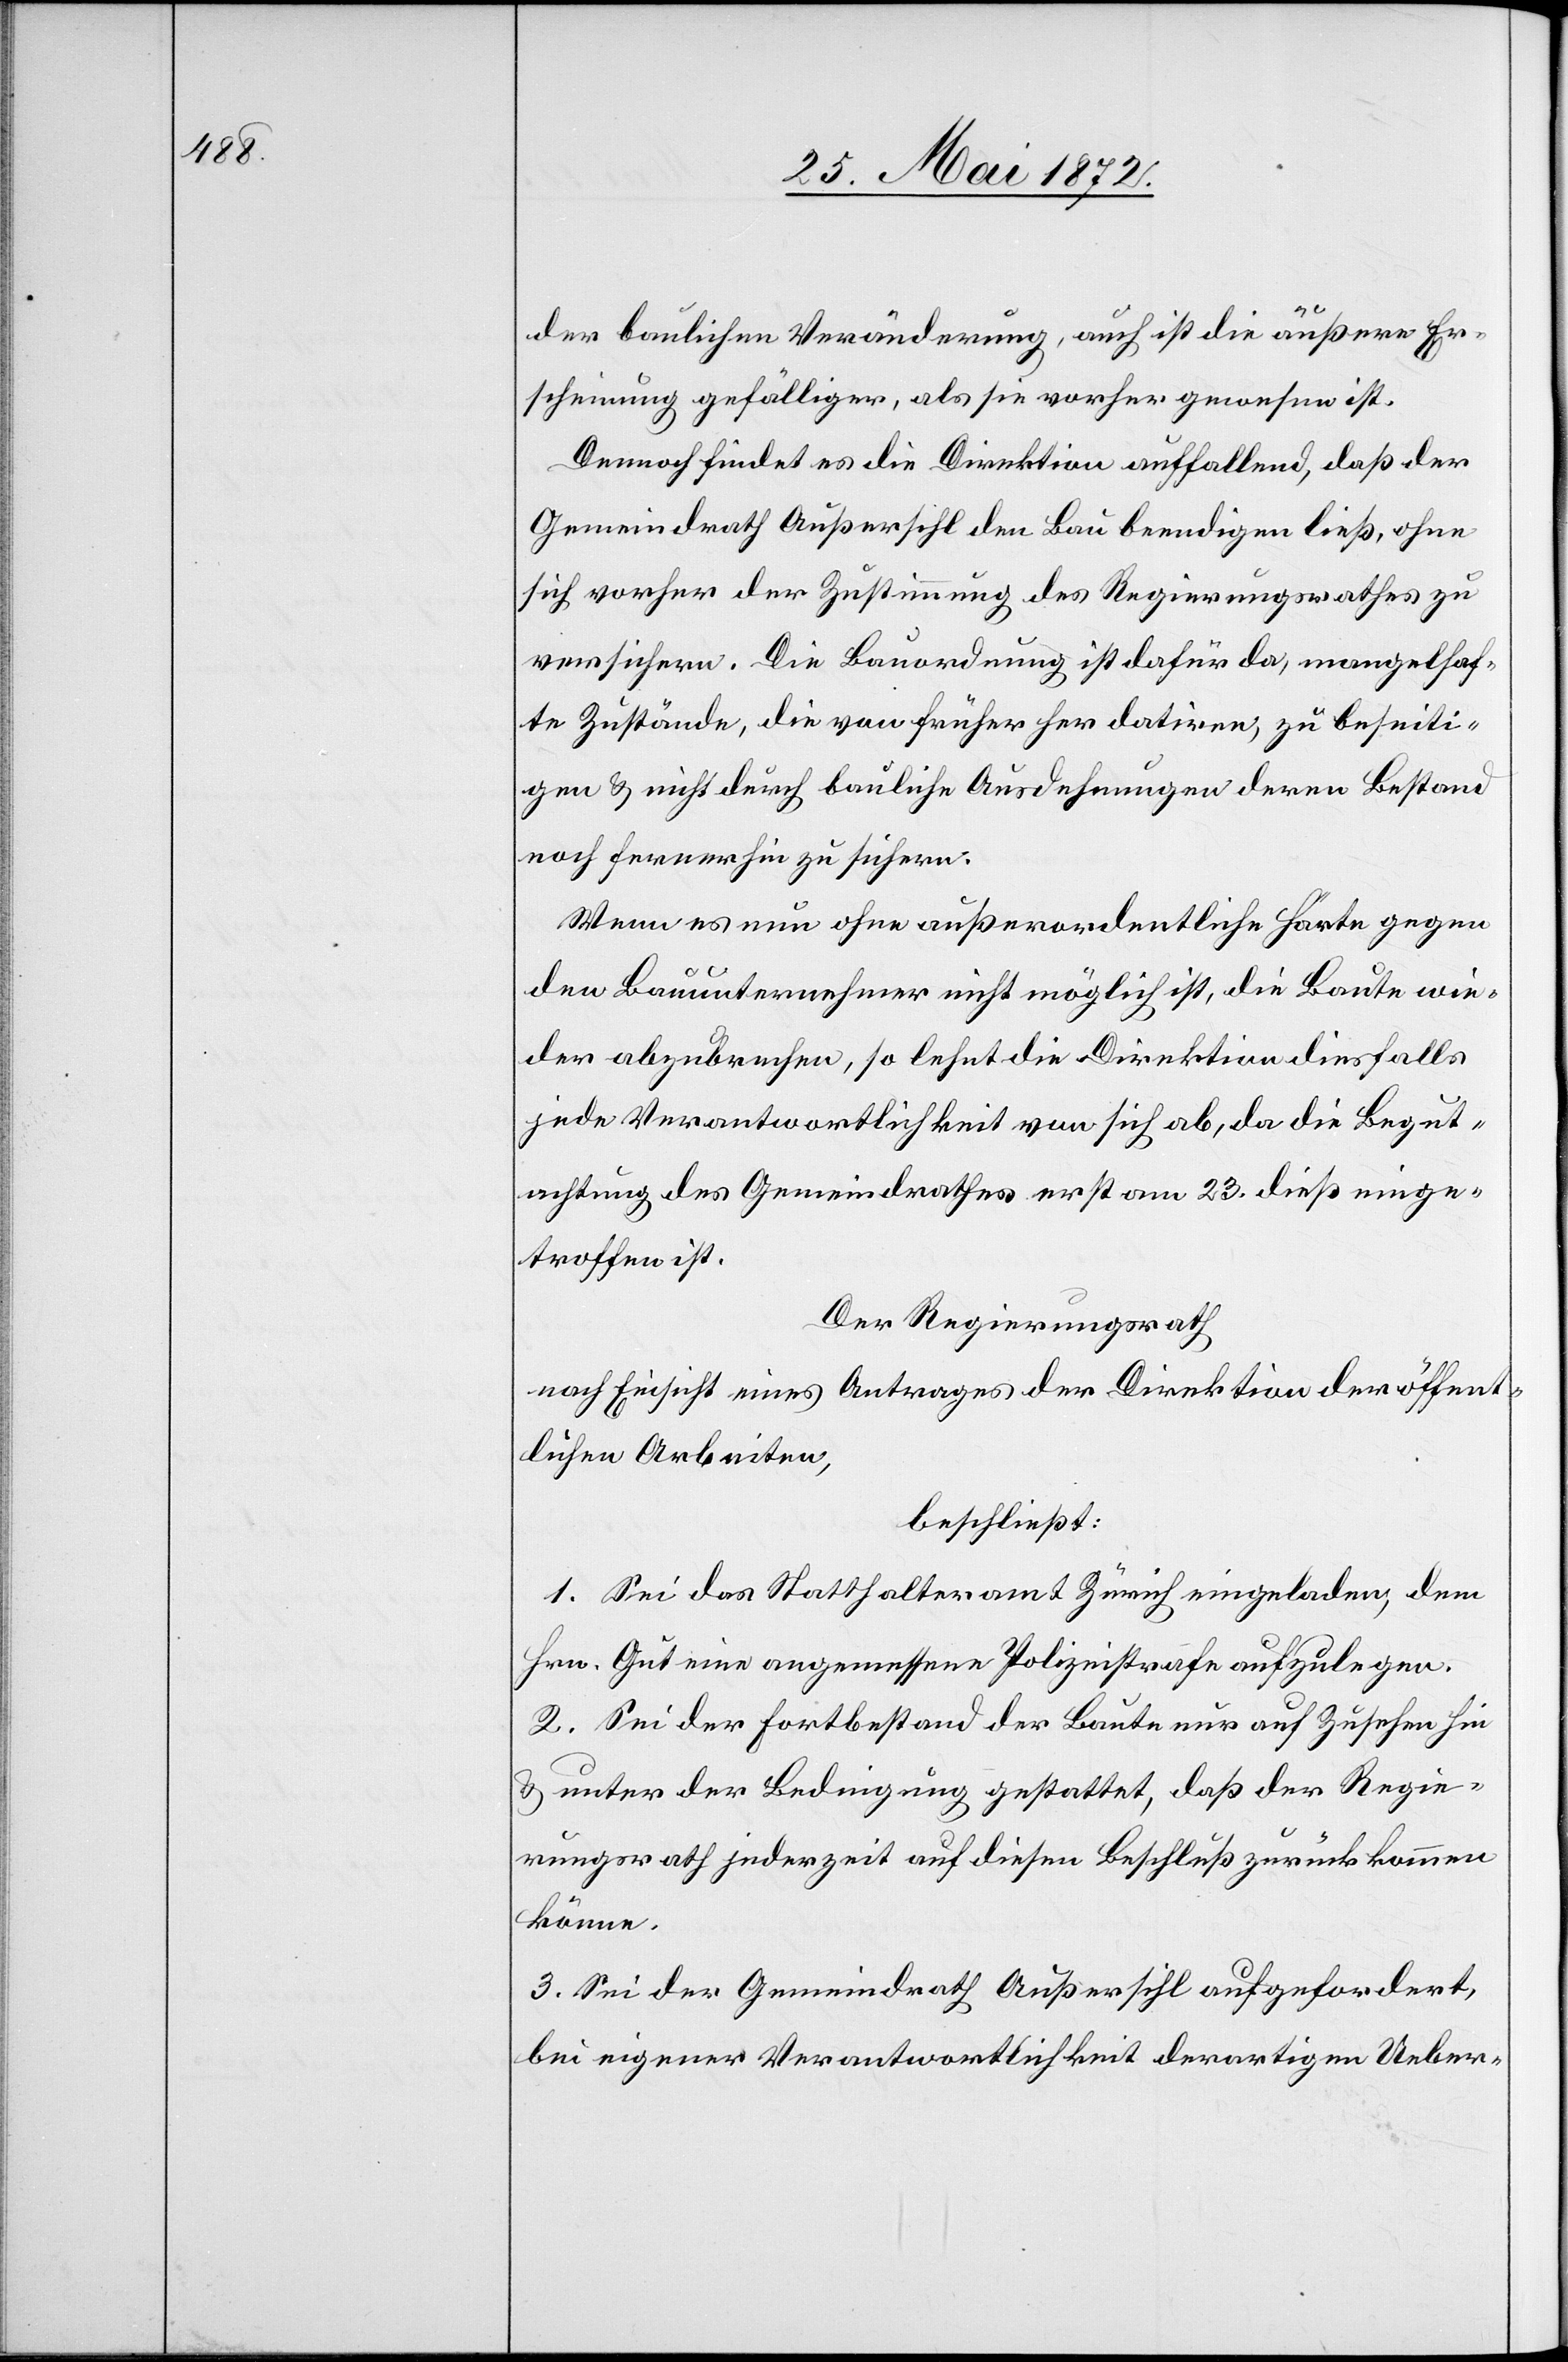
der baulichen Veränderung, auch ist die äußere Er¬
scheinung gefälliger, als sie vorher gewesen ist.
Dennoch findet es die Direktion auffallend, daß der
Gemeindrath Außersihl den Bau beendigen ließ, ohne
sich vorher der Zustimmung des Regierungsrathes zu
versichern. Die Bauordnung ist dafür da, mangelhaf¬
te Zustände, die von früher her datiren, zu beseiti¬
gen u. nicht durch bauliche Ausdehnungen deren Bestand
noch fernerhin zu sichern.
Wenn es nun ohne außerordentliche Härte gegen
den Bauunternehmer nicht möglich ist, die Baute wie¬
der abzubrechen, so lehnt die Direktion diesfalls
jede Verantwortlichkeit von sich ab, da die Begut¬
achtung des Gemeindrathes erst am 23. dieß einge¬
troffen ist.
Der Regierungsrath
nach Einsicht eines Antrages der Direktion der öffent¬
lichen Arbeiten,
beschließt:
1. Sei das Statthalteramt Zürich eingeladen, dem
Hrn. Gut eine angemessene Polizeistrafe aufzulegen.
2. Sei der Fortbestand der Baute nur auf Zusehen hin
u. unter der Bedingung gestattet, daß der Regie¬
rungsrath jederzeit auf diesen Beschluß zurückkommen
könne.
3. Sei der Gemeindrath Außersihl aufgefordert,
bei eigener Verantwortlichkeit derartigen Ueber-